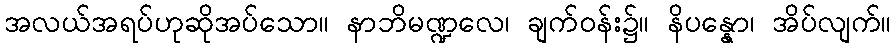
အလယ်အရပ်ဟုဆိုအပ်သော။ နာဘိမဏ္ဍလေ၊ ချက်ဝန်း၌။ နိပန္နော၊ အိပ်လျက်။